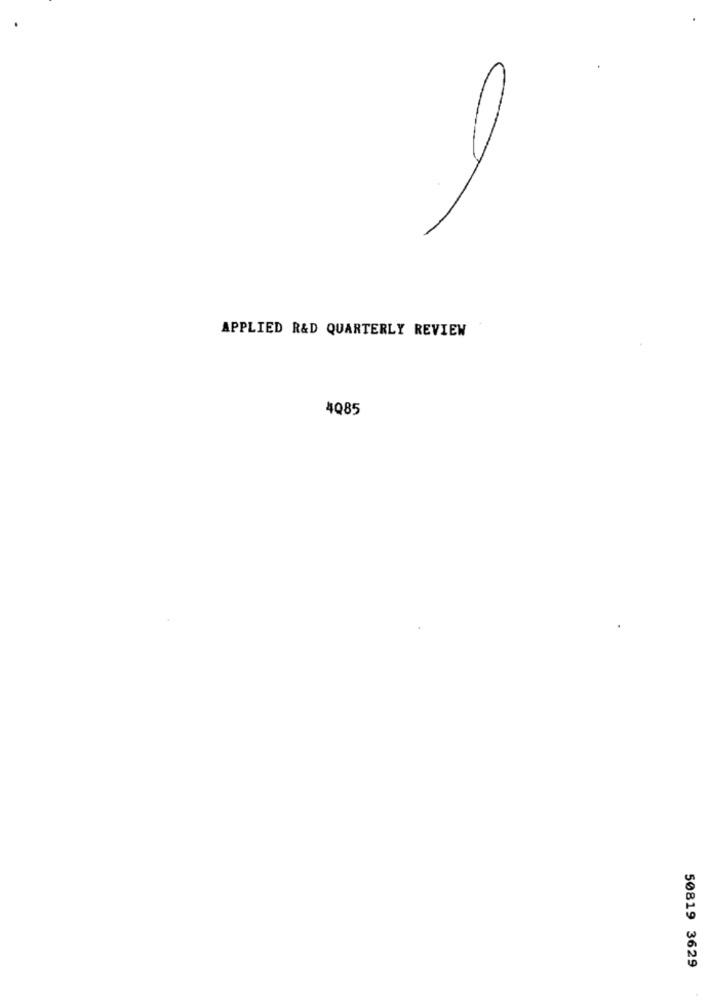
APPLIED R&D QUARTERLY REVIEW
4085
50819 3629